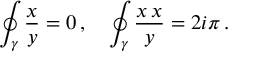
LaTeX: \oint _ { \gamma } { \frac { \d x } { y } } = 0 \, , \quad \oint _ { \gamma } { \frac { x \, \d x } { y } } = 2 i \pi \, .